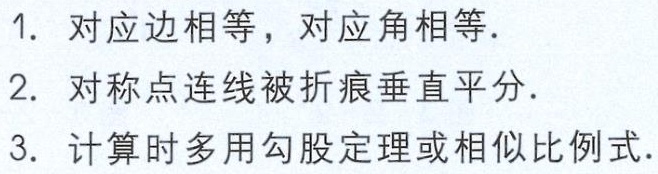
1. 对应边相等，对应角相等.

2. 对称点连线被折痕垂直平分.

3. 计算时多用勾股定理或相似比例式.